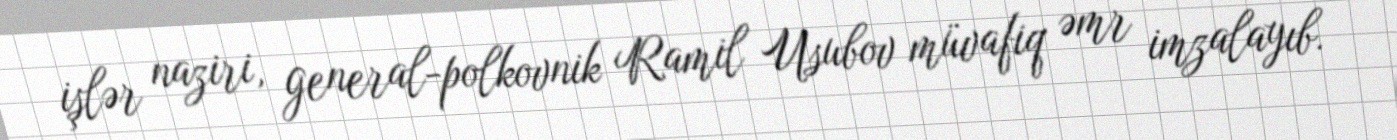
işlər naziri, general-polkovnik Ramil Usubov müvafiq əmr imzalayıb.